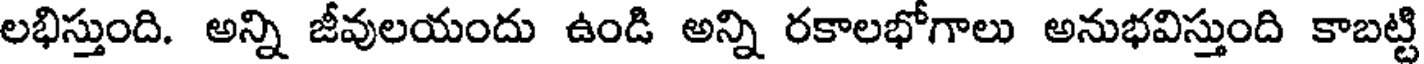
లభిస్తుంది. అన్ని జీవులయందు ఉండి అన్ని రకాలభోగాలు అనుభవిస్తుంది కాబట్టి